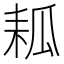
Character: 㼍